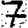
Digit: 7